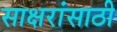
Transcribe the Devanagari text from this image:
साक्षरांसाठी